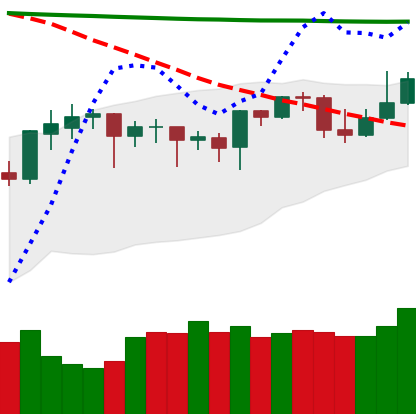
Ticker: DOGE-USD
Chart end date: 2020-04-24
Forward return: 19.686%
Label: up_7plus